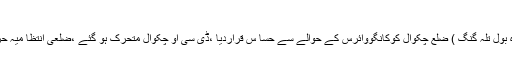
میڈ یا رپورٹ
تلہ گنگ (نما ئندہ بول تلہ گنگ ) ضلع چکوال کوکانگووائرس کے حوالے سے حسا س قراردیا ،ڈی سی او چکوال متحرک ہو گئے ،ضلعی انتظا میہ حرکت میں آ گئی ۔